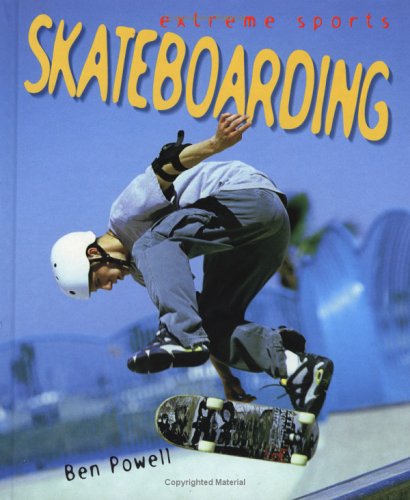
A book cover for Skateboarding (Extreme Sports); Ben Powell; Sports & Outdoors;